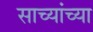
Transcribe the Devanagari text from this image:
साच्यांच्या